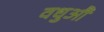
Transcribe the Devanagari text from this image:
वधुऔ